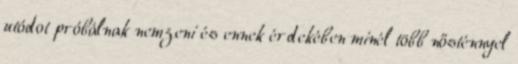
utódot próbálnak nemzeni és ennek érdekében minél több nősténnyel